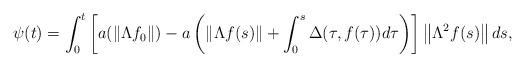
LaTeX: \begin{align*}\psi (t)=\int_0^t\left[ a(\left\| \Lambda f_0\right\| )-a\left( \left\|\Lambda f(s)\right\| +\int_0^s\Delta (\tau ,f(\tau))d\tau \right) \right]\left\| \Lambda ^2f(s)\right\| ds, \end{align*}